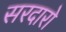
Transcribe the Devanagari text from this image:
सरदारो